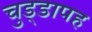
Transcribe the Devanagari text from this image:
चुड्डापह